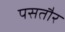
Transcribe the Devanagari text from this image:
पसतौर